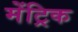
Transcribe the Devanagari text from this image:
मेंट्रिक